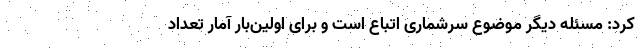
کرد: مسئله دیگر موضوع سرشماری اتباع است و برای اولین‌بار آمار تعداد